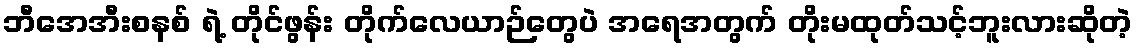
ဘီအေအီးစနစ် ရဲ့ တိုင်ဖွန်း တိုက်လေယာဉ်တွေပဲ အရေအတွက် တိုးမထုတ်သင့်ဘူးလားဆိုတဲ့